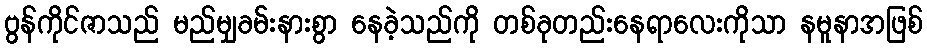
ဗွန်ကိုင်ဇာသည် မည်မျှခမ်းနားစွာ နေခဲ့သည်ကို တစ်ခုတည်းနေရာလေးကိုသာ နမူနာအဖြစ်